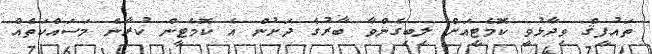
ތައުފީޤް ވިދާޅުވީ ކޮމެޓީއަށް ލިބިގެންވާ ބާރުގެ ދަށުން އެ ކޮމެޓީން ކުރާނެ މަސައްކަތެއް